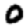
Digit: 0